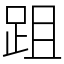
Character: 跙